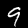
Digit: 9